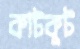
কাটকুট